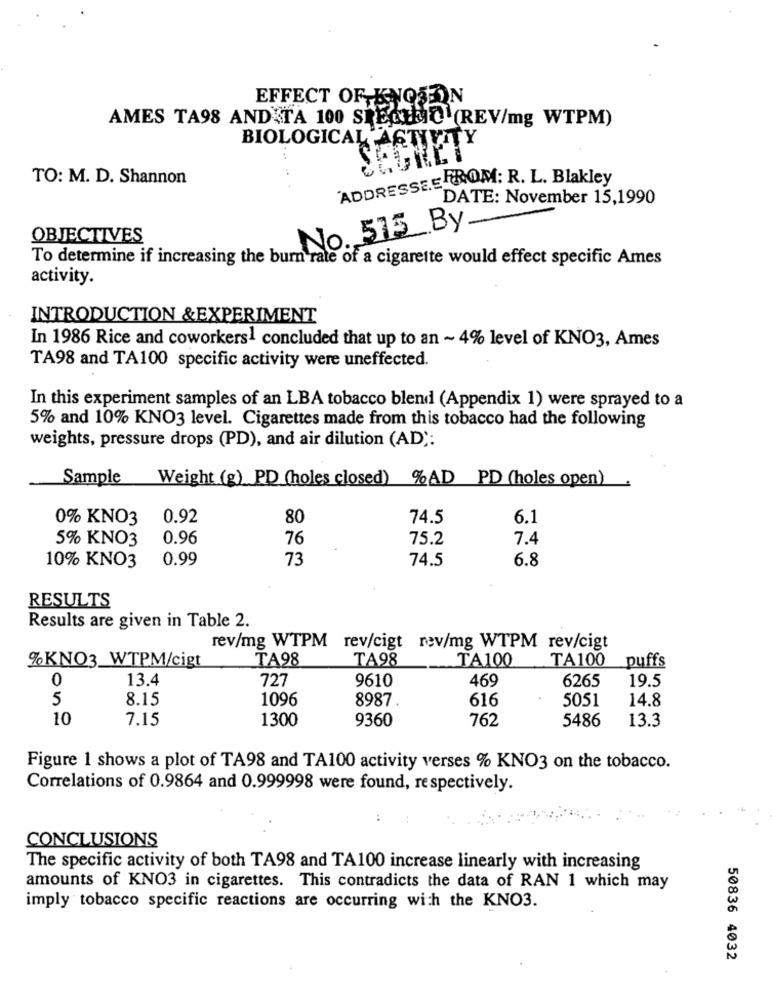
EFFECT OF KNOJEN
AMES TA98 AND TA 100 SPECIFIC (REV/mg WTPM)
BIOLOGICAL ACTIVITY
. ..
TO: M. D. Shannon
ADDRESSEE FROM: R. L. Blakley
DATE: November 15,1990
No. 515 By-
OBJECTIVES
To determine if increasing the burn rate of a cigarette would effect specific Ames
activity.
INTRODUCTION & EXPERIMENT
In 1986 Rice and coworkers1 concluded that up to an ~ 4% level of KNO3, Ames
TA98 and TA100 specific activity were uneffected.
In this experiment samples of an LBA tobacco blend (Appendix 1) were sprayed to a
5% and 10% KNO3 level. Cigarettes made from this tobacco had the following
weights, pressure drops (PD), and air dilution (AD):
Sample Weight (g) PD (holes closed) %AD PD (holes open)
0% KNO3
0.92
80
74.5
6.1
5% KNO3
0.96
76
75.2
7.4
10% KNO3
0.99
73
74.5
6.8
RESULTS
Results are given in Table 2.
rev/mg WTPM rev/cigt rev/mg WTPM rev/cigt
%KNO3_WTPM/cigt
TA98
TA98
TA100
TA100
puffs
0
13.4
727
9610
469
6265
19.5
5
8.15
1096
8987.
616
5051
14.8
10
7.15
1300
9360
762
5486
13.3
Figure 1 shows a plot of TA98 and TA100 activity verses % KNO3 on the tobacco.
Correlations of 0.9864 and 0.999998 were found, respectively.
CONCLUSIONS
The specific activity of both TA98 and TA100 increase linearly with increasing
amounts of KNO3 in cigarettes. This contradicts the data of RAN 1 which may
imply tobacco specific reactions are occurring with the KNO3.
50836 4032